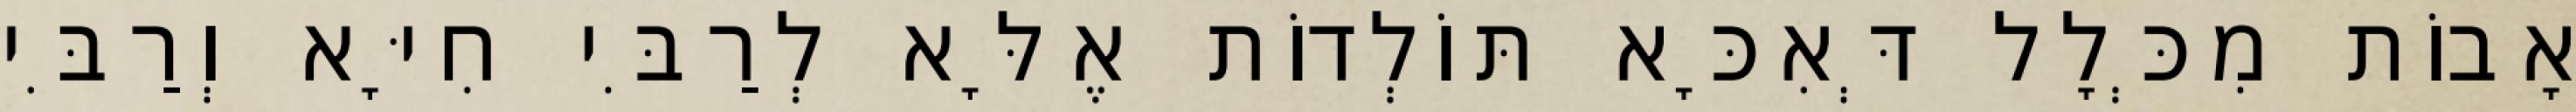
אָבוֹת מִכְּלָל דְּאִכָּא תּוֹלְדוֹת אֶלָּא לְרַבִּי חִיָּא וְרַבִּי